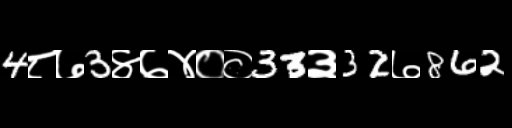
Text: 4८७3४७४००33३32७862